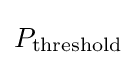
P_{\text{threshold}}